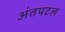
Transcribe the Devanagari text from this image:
अंतपटल